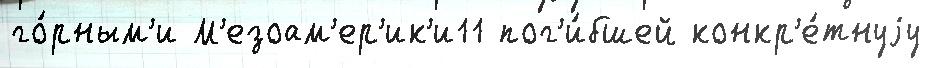
го́рным'и М'езоам'ер'ик'и11 пог'и́бшей конкр'е́тнуjу